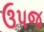
ઉપજ